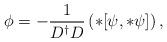
LaTeX: \begin{align*}\phi = - \frac{1}{D^{\dagger}D} \left( *[\psi,*\psi]\right),\end{align*}